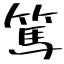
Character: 篤